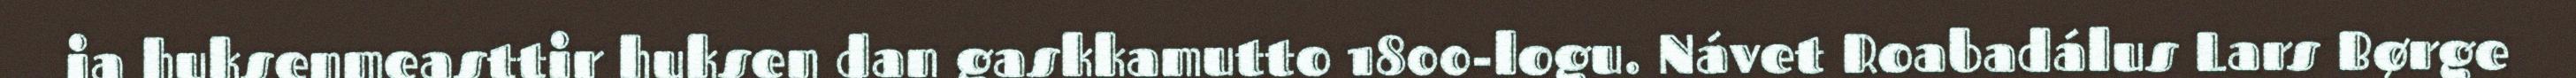
ja huksenmeasttir huksen dan gaskkamutto 1800-logu. Návet Roabadálus Lars Børge